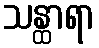
သန္ထာရာ